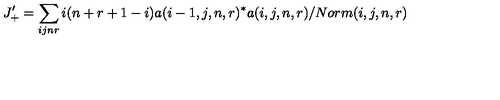
J _ { + } ^ { \prime } = \sum _ { i j n r } i ( n + r + 1 - i ) a ( i - 1 , j , n , r ) ^ { * } a ( i , j , n , r ) / N o r m ( i , j , n , r )